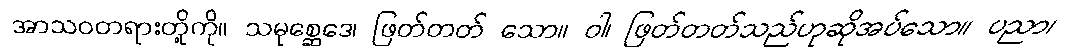
အာသဝတရားတို့ကို။ သမုစ္ဆေဒေ၊ ဖြတ်တတ် သော။ ဝါ၊ ဖြတ်တတ်သည်ဟုဆိုအပ်သော။ ပညာ၊